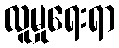
လူမှုရေးရာ